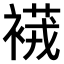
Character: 𧜆